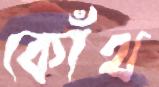
কোঁথ